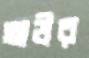
অউর